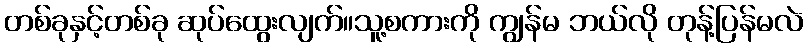
တစ်ခုနှင့်တစ်ခု ဆုပ်ထွေးလျက်။သူ့စကားကို ကျွန်မ ဘယ်လို တုန့်ပြန်မလဲ